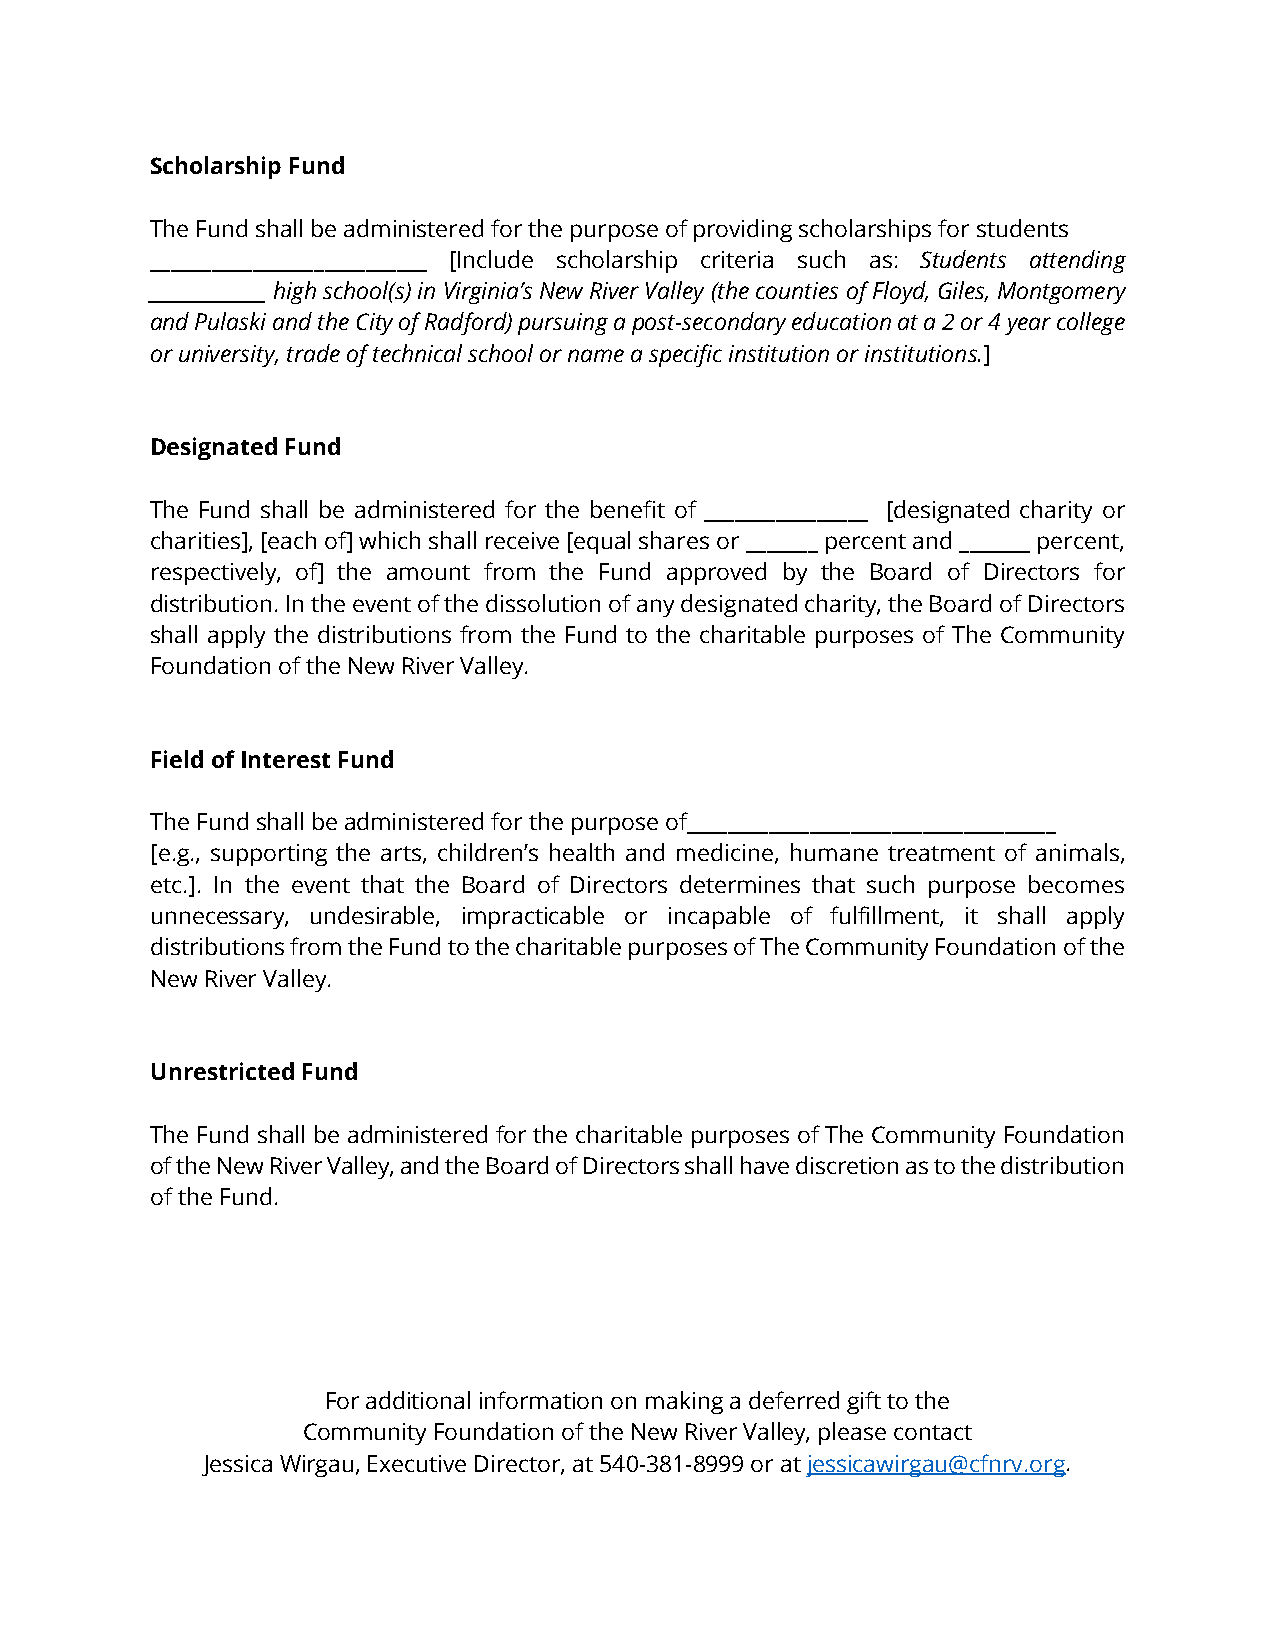
Scholarship Fund
 The Fund shall be administered for the purpose of providing scholarships for students
 ___________________________ [Include scholarship criteria such as: Students attending
 _____________ high school(s) in Virginia’s New River Valley (the counties of Floyd, Giles, Montgomery
 and Pulaski and the City of Radford) pursuing a post-secondary education at a 2 or 4 year college
 or university, trade of technical school or name a specific institution or institutions.]
 Designated Fund
 The Fund shall be administered for the benefit of ________________ [designated charity or
 charities], [each of] which shall receive [equal shares or _______ percent and _______ percent,
 respectively, of] the amount from the Fund approved by the Board of Directors for
 distribution. In the event of the dissolution of any designated charity, the Board of Directors
 shall apply the distributions from the Fund to the charitable purposes of The Community
 Foundation of the New River Valley.
 Field of Interest Fund
 The Fund shall be administered for the purpose of____________________________________
 [e.g., supporting the arts, children’s health and medicine, humane treatment of animals,
 etc.]. In the event that the Board of Directors determines that such purpose becomes
 unnecessary, undesirable, impracticable or incapable of fulfillment, it shall apply
 distributions from the Fund to the charitable purposes of The Community Foundation of the
 New River Valley.
 Unrestricted Fund
 The Fund shall be administered for the charitable purposes of The Community Foundation
 of the New River Valley, and the Board of Directors shall have discretion as to the distribution
 of the Fund.
 For additional information on making a deferred gift to the
 Community Foundation of the New River Valley, please contact
 Jessica Wirgau, Executive Director, at 540-381-8999 or at jessicawirgau@cfnrv.org.